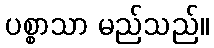
ပစ္စာသာ မည်သည်။